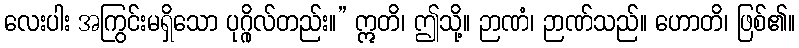
လေးပါး အကြွင်းမရှိသော ပုဂ္ဂိုလ်တည်း။” ဣတိ၊ ဤသို့။ ဉာဏံ၊ ဉာဏ်သည်။ ဟောတိ၊ ဖြစ်၏။